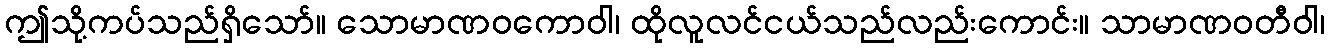
ဤသို့ကပ်သည်ရှိသော်။ သောမာဏဝကောဝါ၊ ထိုလူလင်ငယ်သည်လည်းကောင်း။ သာမာဏဝတီဝါ၊